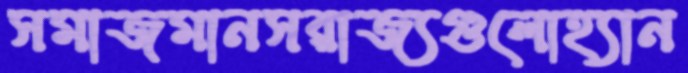
সমাজমানসরাজ্যগুলোহ্যান